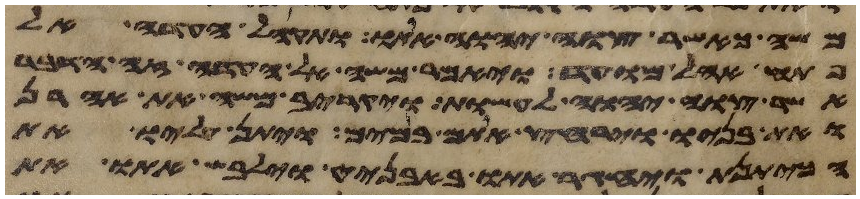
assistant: משה כאשר צוה יהוה אתו ותקהל העדה אל
פתח אהל מועד ויאמר משה אל העדה זה הדבר
אשר צוה יהוה לעשות ויקריב משה את אהרן
ואת בניו וירחץ אתם במים ויתן עליו את
הכיתנת ויחגר אתו באבניט וילבש אתו את